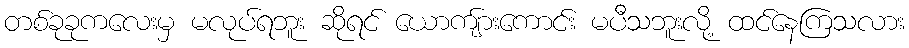
တစ်ခုခုကလေးမှ မလုပ်ရဘူး ဆိုရင် ယောကျ်ားကောင်း မပီသဘူးလို့ ထင်နေကြသလား